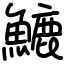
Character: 𩺮